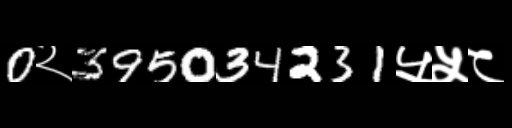
Text: 0२395034231५५८